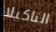
التاكيلا